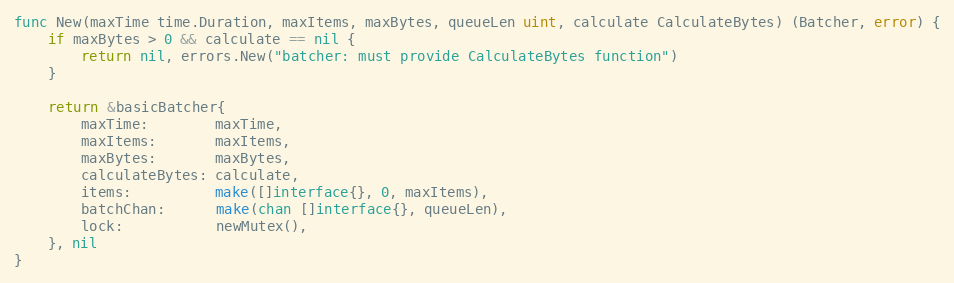
Language: Go
func New(maxTime time.Duration, maxItems, maxBytes, queueLen uint, calculate CalculateBytes) (Batcher, error) {
	if maxBytes > 0 && calculate == nil {
		return nil, errors.New("batcher: must provide CalculateBytes function")
	}

	return &basicBatcher{
		maxTime:        maxTime,
		maxItems:       maxItems,
		maxBytes:       maxBytes,
		calculateBytes: calculate,
		items:          make([]interface{}, 0, maxItems),
		batchChan:      make(chan []interface{}, queueLen),
		lock:           newMutex(),
	}, nil
}